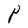
Character: P